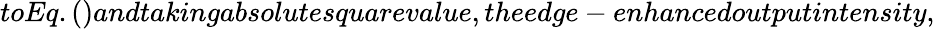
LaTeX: toEq.()andtakingabsolutesquarevalue,theedge-enhancedoutputintensity,